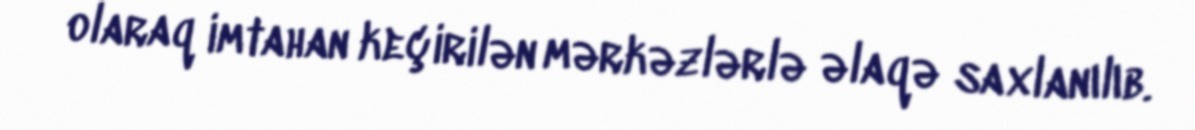
olaraq imtahan keçirilən mərkəzlərlə əlaqə saxlanılıb.